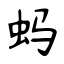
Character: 蚂